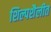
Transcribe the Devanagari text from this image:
शिल्पशैलीत